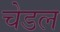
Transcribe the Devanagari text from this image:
चेडल